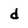
Character: d